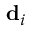
{ \bf d } _ { i }